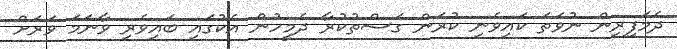
ދެމަފިރިން ނުވަތަ ކައިވެނި ކުރަން ގަސްތުކުރާ ދެމީހުން އެކުގައި ބައިވެރި ވާނަމަ ވަރަށް